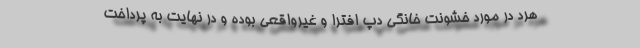
هرد در مورد خشونت خانگی دپ افترا و غیرواقعی بوده و در نهایت به پرداخت